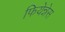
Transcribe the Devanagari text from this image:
फियेन्नेस